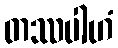
တဿပါဟံ